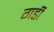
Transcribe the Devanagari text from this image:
गर्डी